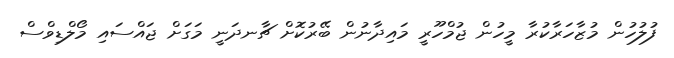
ފުލުހުން މުޒާހަރާކުރާ މީހުން ޖުމްހޫރީ މައިދާނުން ބޭރުކޮށް ޗާނދަނީ މަގަށް ޖައްސައި މޯލްޑިވްސް